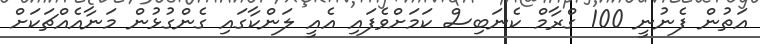
އަތުން ފެނުނީ 100 ގްރާމް ކެނަބިސް ކަމަށްވެފައި އެއީ ލަންކާގައި ގެންގުޅުން މަނާއެއްޗަކަށް